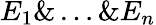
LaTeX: E_{1}\& \ldots\& E_{n}